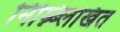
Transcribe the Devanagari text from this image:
निम्न्ब्लिखित